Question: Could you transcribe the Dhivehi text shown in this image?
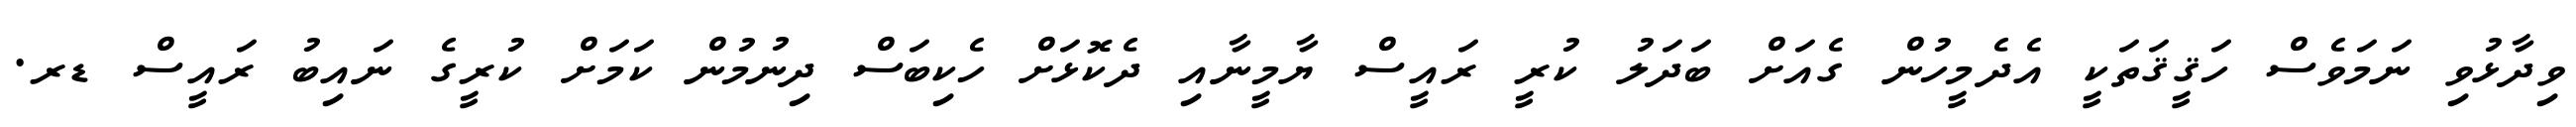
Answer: ވިދާޅުވި ނަމަވެސް ހަޤީޤަތަކީ އެދެމީހުން ގެއަށް ބަދަލު ކުރީ ރައީސް ޔާމީނާއި ދެކޮޅަށް ހެކިބަސް ދިނުމުން ކަމަށް ކުރީގެ ނައިބު ރައީސް ޑރ.